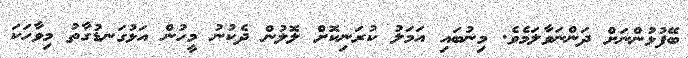
ބޭފުޅުންނަށް ދަންނަވާލަމެވެ. މިނުބައި އަމަލު ކުރަނިކޮށް ލޮލުން ދެކުނު މީހުން އަޅުގަނޑުގާތު މިވާހަކަ